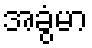
အခွံမာ